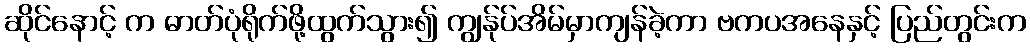
ဆိုင်နောင့် က ဓာတ်ပုံရိုက်ဖို့ထွက်သွား၍ ကျွန်ုပ်အိမ်မှာကျန်ခဲ့ကာ ဗကပအနေနှင့် ပြည်တွင်းက